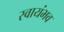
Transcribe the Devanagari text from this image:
स्वायंभव